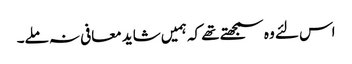
اس لئے وہ سمجھتے تھے کہ ہمیں شاید معافی نہ ملے۔